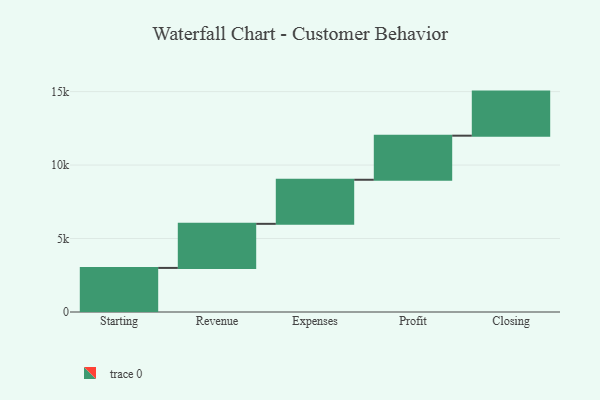
{"axis": {"x": "Step", "y": "Value"}, "legend": [""], "data": [{"x": "Starting", "y": 3000, "type": ""}, {"x": "Revenue", "y": 3000, "type": ""}, {"x": "Expenses", "y": 3000, "type": ""}, {"x": "Profit", "y": 3000, "type": ""}, {"x": "Closing", "y": 3000, "type": ""}]}